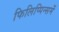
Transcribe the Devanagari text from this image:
फिलिप्पिन्समें